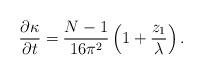
LaTeX: \begin{align*}\frac{\partial\kappa}{\partial t} =\frac{N-1}{16\pi^2}\left(1+\frac{z_1}{\lambda}\right).\end{align*}